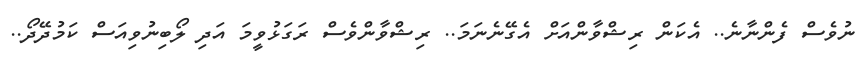
ނުވެސް ފެންނާނެ.. އެކަން ރިޝްވާންއަށް އެގޭނެނަމަ.. ރިޝްވާންވެސް ރަގަޅުވީމަ އަދި ލޯބިނުވިއަސް ކަމުދޭދޯ..